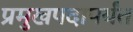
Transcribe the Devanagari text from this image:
प्रमुखपदापर्यंत